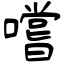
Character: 嚐